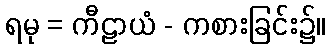
ရမု = ကီဠာယံ - ကစားခြင်း၌။